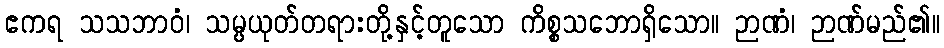
ဧကရ သသဘာဝံ၊ သမ္ပယုတ်တရားတို့နှင့်တူသော ကိစ္စသဘောရှိသော။ ဉာဏံ၊ ဉာဏ်မည်၏။